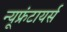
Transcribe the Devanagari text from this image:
न्यूफ्रंटायर्स